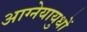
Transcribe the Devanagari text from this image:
आग्नेयायुधों